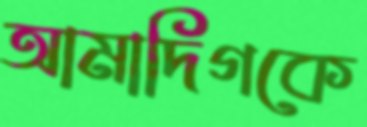
আমাদিগকে